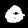
Digit: 0